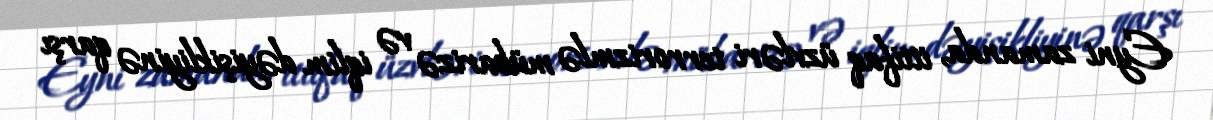
Eyni zamanda, ittifaq üzvləri terrorizmlə mübarizə və iqlim dəyişikliyinə qarşı